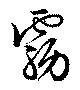
霧